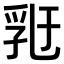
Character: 𠄀